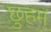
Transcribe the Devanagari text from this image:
छुहम